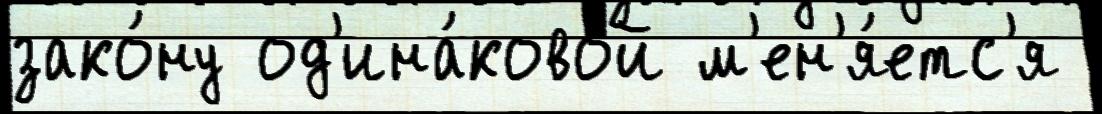
зако́ну од'ина́ковой м'ен'я́етс'я